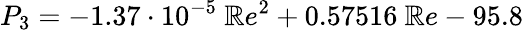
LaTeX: P_{3}=-1.37\cdot10^{-5}\ \mathbb{R}e^{2}+0.57516\ \mathbb{R}e-95.8